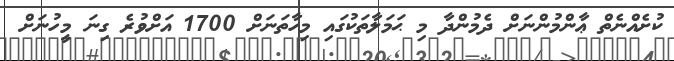
ކުށެއްނެތް ޢާންމުންނަށް ދެމުންދާ މި ޙަމަލާތަކުގައި މިހާތަނަށް 1700 އަށްވުރެ ގިނަ މީހުނަށް